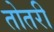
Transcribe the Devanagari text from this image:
तोतरी